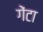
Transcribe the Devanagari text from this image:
गेंटा